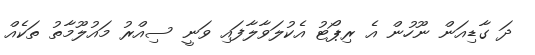
ދަ ގާޑިއަން ނޫހުން އެ ރިޕޯޓު އެކުލަވާލާފައި ވަނީ ސިއްރު މައުލޫމާތު ތަކެއް